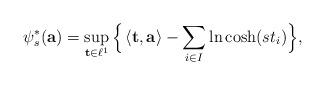
LaTeX: \begin{align*}\psi_s^*({\bf a})=\sup_{{\bf t}\in \ell^1}\Big\{\left\langle {\bf t},{\bf a}\right\rangle-\sum_{i\in I}\ln\cosh(st_i)\Big\},\end{align*}